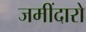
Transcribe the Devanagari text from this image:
जमींदारो